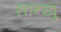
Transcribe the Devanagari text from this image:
सान्खु